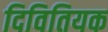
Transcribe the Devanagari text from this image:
दिवितियक